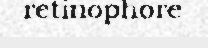
retinophore